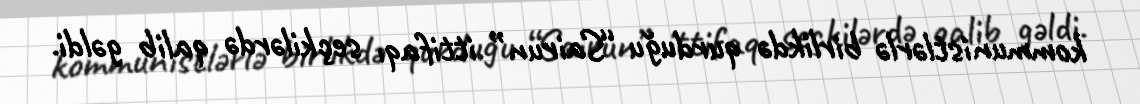
kommunistlərlə birlikdə qurduğu “Sairun” ittifaqı seçkilərdə qalib gəldi.